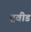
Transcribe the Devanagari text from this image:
द्रवीड